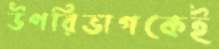
উপরিভাগকেই